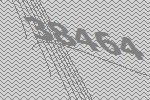
38464